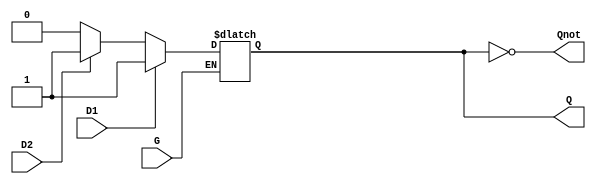
module dual_input_gated_latch (
    input wire D1,      // First data input
    input wire D2,      // Second data input
    input wire G,       // Enable signal
    output reg Q,       // Output Q
    output wire Qnot    // Complement of Q
);

    // Assign the complement of Q
    assign Qnot = ~Q;

    always @* begin
        if (G) begin
            // Enable mode
            if (D1) begin
                Q = D1; // Prioritize D1
            end else if (D2) begin
                Q = D2; // If D1 is LOW, take D2
            end else begin
                Q = 1'b0; // Both inputs LOW
            end
        end
        // If G is LOW, Q will retain its last state, 
        // this is handled by the reg type of Q.
    end

endmodule